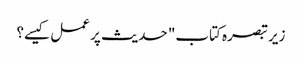
زیر تبصرہ کتاب" حدیث پر عمل کیسے؟